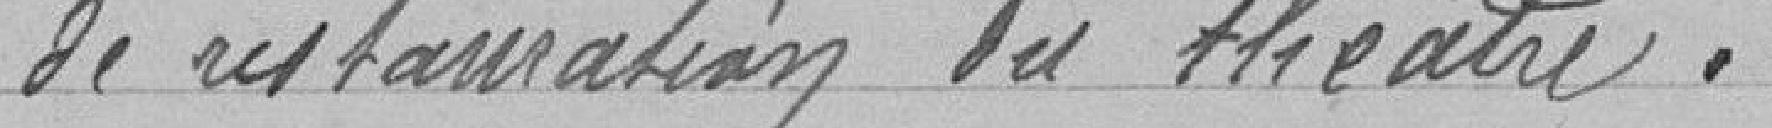
de restauration du théâtre.